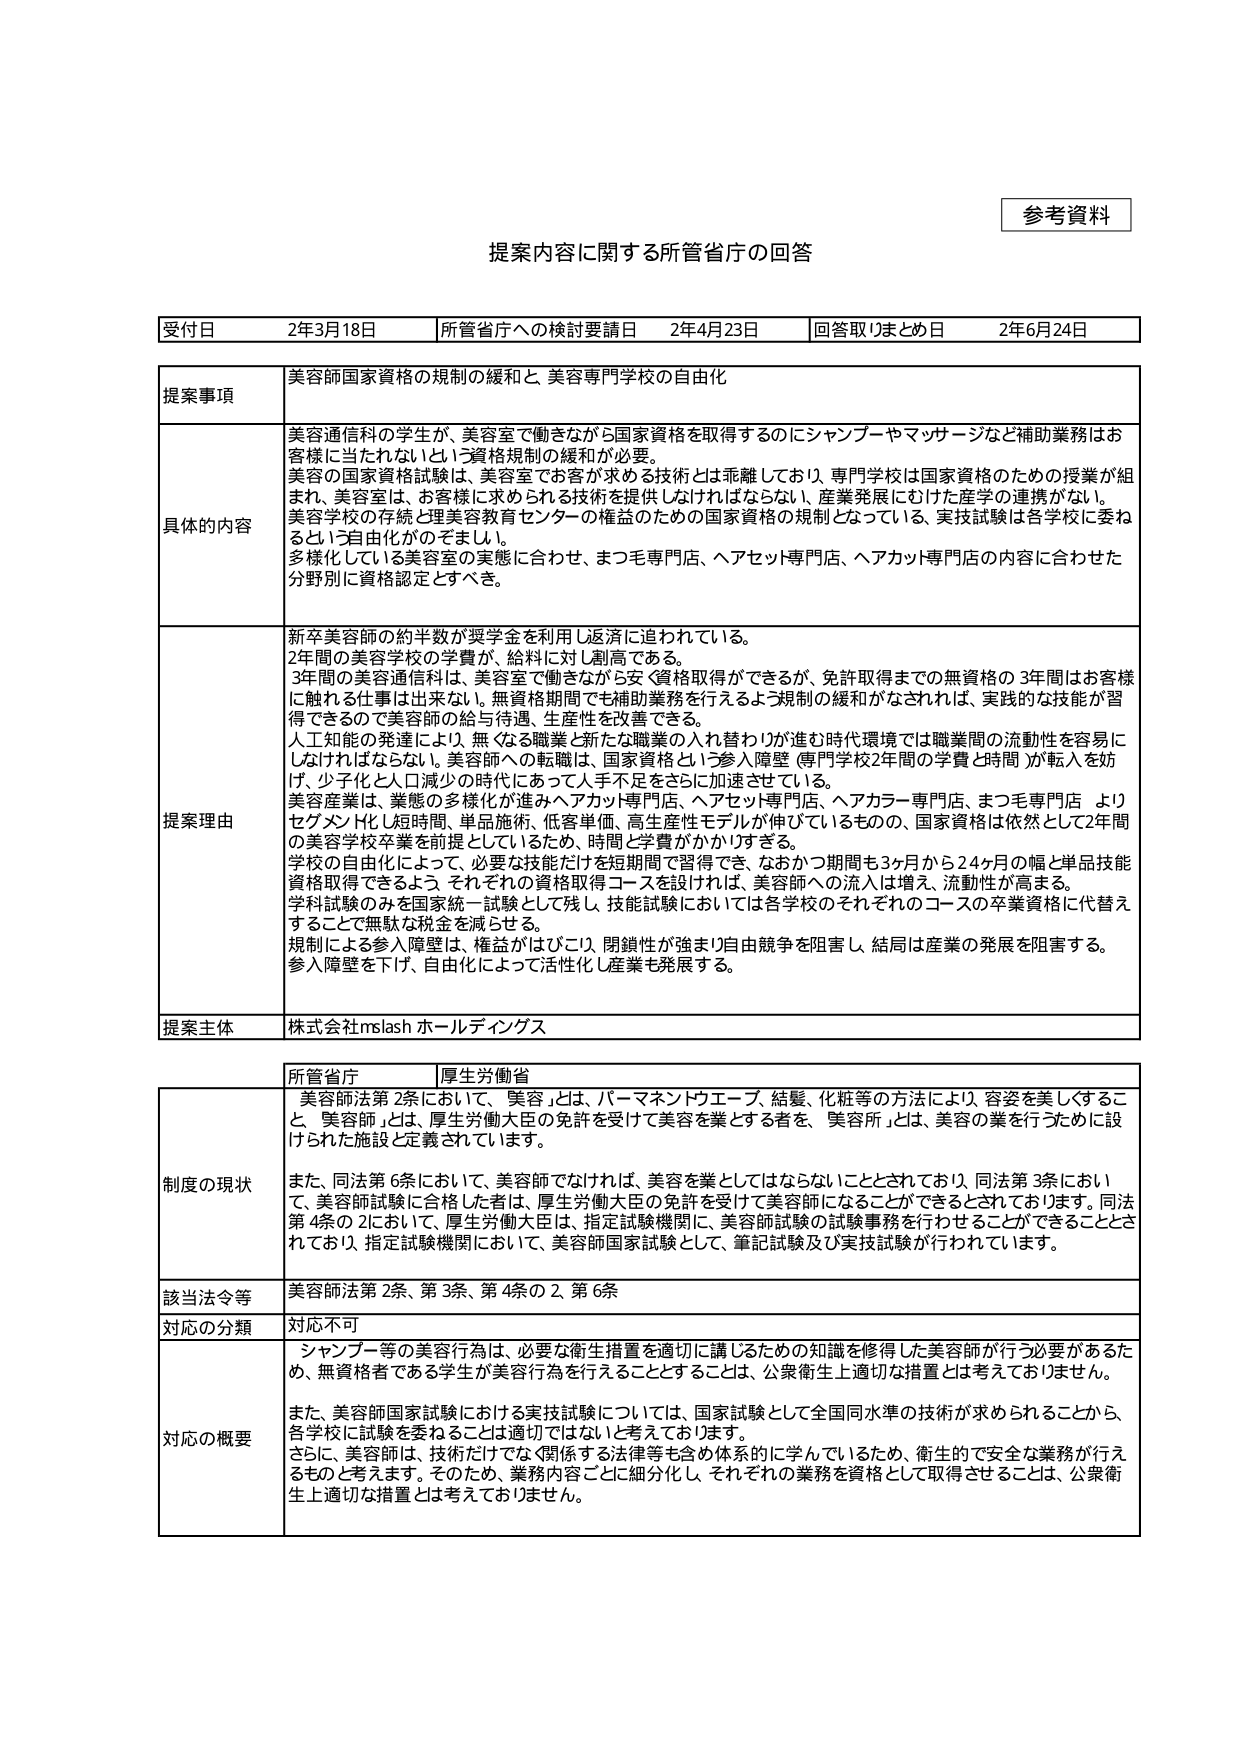
参考資料

提案内容に関する所管省庁の回答

受付日　2年3月18日　所管省庁への検討要請日　2年4月23日　回答取りまとめ日　2年6月24日

提案事項　美容師国家資格の規制の緩和と、美容専門学校の自由化

具体的な内容　美容通信科の学生が、美容室で働きながら国家資格を取得するのにシャンプーやマッサージなど補助業務はお客様に当たられないという資格規制の緩和が必要。
美容の国家資格試験は、美容室で働きながら求める技術とは乖離しており、専門学校は国家資格のための授業が組まれ、美容室は、お客様に求められる技術を提供しなければならない、産業発展にむけた産学の連携がない。
美容学校の存続と理美容教育センターの権益のための国家資格の規制となっている。実技試験は各学校に委ねるという自由化がでましい。
多様化している美容室の実態に合わせ、まつ毛専門店、ヘアセット専門店、ヘアカット専門店の内容に合わせた分野別に資格認定とすべき。

提案理由　新卒美容師の約半数が奨学金を利用し返済に追われている。
2年間の美容学校の学費が、給料に対し割高である。
3年間の美容通信科は、美容室で働きながら安く資格取得ができるが、免許取得までの無資格の3年間はお客様に触れる仕事は出来ない。無資格期間でも補助業務を行えるよう規制の緩和がなされれば、実践的な技能が習得できるので美容師の給与待遇、生産性を改善できる。
人工知能の発達により、無くなる職業と新たな職業の入れ替わりが進む時代環境では職業間の流動性が容易にしなければならない。美容師への転職は、国家資格という参入障壁（専門学校2年間の学費と時間）が転入を妨げ、少子化と人口減少の時代にあって人手不足をさらに加速させている。
美容産業は、業態の多様化が進みヘアカット専門店、ヘアセット専門店、ヘアカラー専門店、まつ毛専門店 よりセグメン化し短時間、単品施術、低客単価、高生産性モデルが伸びているものの、国家資格は依然として2年間の美容学校卒業を前提としているため、時間と学費がかかりすぎる。
学校の自由化によって、必要な技能だけを短期間で習得でき、なおかつ期間も3ヶ月から24ヶ月の幅と単品技能資格取得できるよう、それぞれの資格取得コースを設ければ、美容師への流入は増え、流動性が高まる。
学科試験のみを国家統一試験として残し、技能試験においては各学校のそれぞれのコースの卒業資格に代替えることで無駄な税金を減らせる。
規制による参入障壁は、権益がはびこり、閉鎖性が強まり自由競争を阻害し、結局は産業の発展を阻害する。
参入障壁を下げ、自由化によって活性化し産業も発展する。

提案主体　株式会社mslash ホールディングス

所管省庁　厚生労働省

制度の現状　美容師法第2条において、「美容」とは、パーマネントウエーブ、結髪、化粧等の方法により、容姿を美しくすること、「美容師」とは、厚生労働大臣の免許を受けて美容を業とする者を、「美容所」とは、美容の業を行うために設けられた施設と定義されています。
また、同法第6条において、美容師でなければ、美容を業としてはならないこととされており、同法第3条において、美容師試験に合格した者は、厚生労働大臣の免許を受けて美容師になることができるとしております。同法第4条の2において、厚生労働大臣は、指定試験機関に、美容師試験の試験事務を行わせることができることとされており、指定試験機関において、美容師国家試験として、筆記試験及び実技試験が行われています。

該当法令等　美容師法第2条、第3条、第4条の2、第6条

対応の分類　対応不可

対応の概要　シャンプー等の美容行為は、必要な衛生措置を適切に講じるための知識を修得した美容師が行う必要があるため、無資格者である学生が美容行為を行うこととするとは、公衆衛生上適切な措置とは考えておりません。
また、美容師国家試験における実技試験については、国家試験として全国同水準の技術が求められることから、各学校に試験を委ねることは適切ではないと考えております。
さらに、美容師は、技術だけではなく関係する法律等も含め体系的に学んでいるため、衛生的で安全な業務が行えるものと考えます。そのため、業務内容ごとに細分化し、それぞれの業務を資格として取得させることは、公衆衛生上適切な措置とは考えておりません。